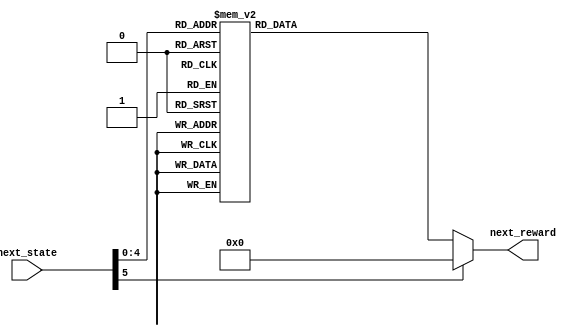
module RewardGenerator (next_state, next_reward);
	input [5:0] next_state;
	output reg signed [15:0] next_reward;
	
	
	always @(*) begin
		case (next_state)
			6'd25 : next_reward = 16'd100; //100
			6'd3 : next_reward = 16'hFFD2; //-100
			6'd5 : next_reward = 16'hFFD2; //-100
			6'd7 : next_reward = 16'hFFD2; //-100
			6'd8 : next_reward = 16'hFFD2; //-100
			6'd14 : next_reward = 16'hFFD2; //-100
			6'd17 : next_reward = 16'hFFD2; //-100
			6'd19 : next_reward = 16'hFFD2; //-100
			//6'd20 : next_reward = 16'hFFD2; //-100
			6'd22 : next_reward = 16'hFFD2; //-100
			default : next_reward = 16'd0; //0
		endcase
	end
endmodule